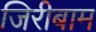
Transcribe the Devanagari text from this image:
जिरीबाम